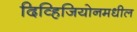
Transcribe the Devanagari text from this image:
दिव्हिजियोनमधील